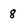
Character: 8